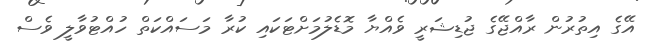
އޭގެ އިތުރުން ރާއްޖޭގެ ޖުޑިޝަރީ ވެއްޔާ މޮޑެލުމަށްޓަކައި ކުރާ މަސައްކަތް ހުއްޓުވާލީ ވެސް